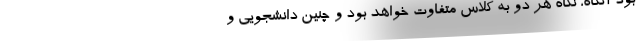
بود آنگاه، نگاه هر دو به کلاس متفاوت خواهد بود و چنین دانشجویی و